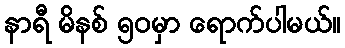
နာရီ မိနစ် ၅၀မှာ ရောက်ပါမယ်။